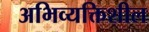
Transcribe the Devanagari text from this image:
अभिव्यक्तिशील